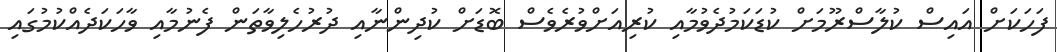
ފަހަކަށް އައިސް ކުލާސްރޫމަށް ކުޑަކަމުދެވުމާއި ކުރިއަށްވުރެވެސް ބޮޑަށް ކުދިންނާއި ދުރުހެލިވާތަން ފެނުމާއި ވާހަކަދެއްކުމުގައި